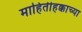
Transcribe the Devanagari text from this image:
माहितीहक्काच्या